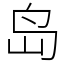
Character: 岛